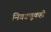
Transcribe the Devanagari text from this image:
निवडणूकही